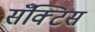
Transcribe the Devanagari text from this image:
सँक्टिस